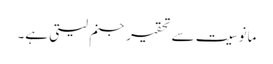
مانوسیت سے تحقیر جنم لیتی ہے۔